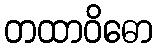
တထာဝိဓော